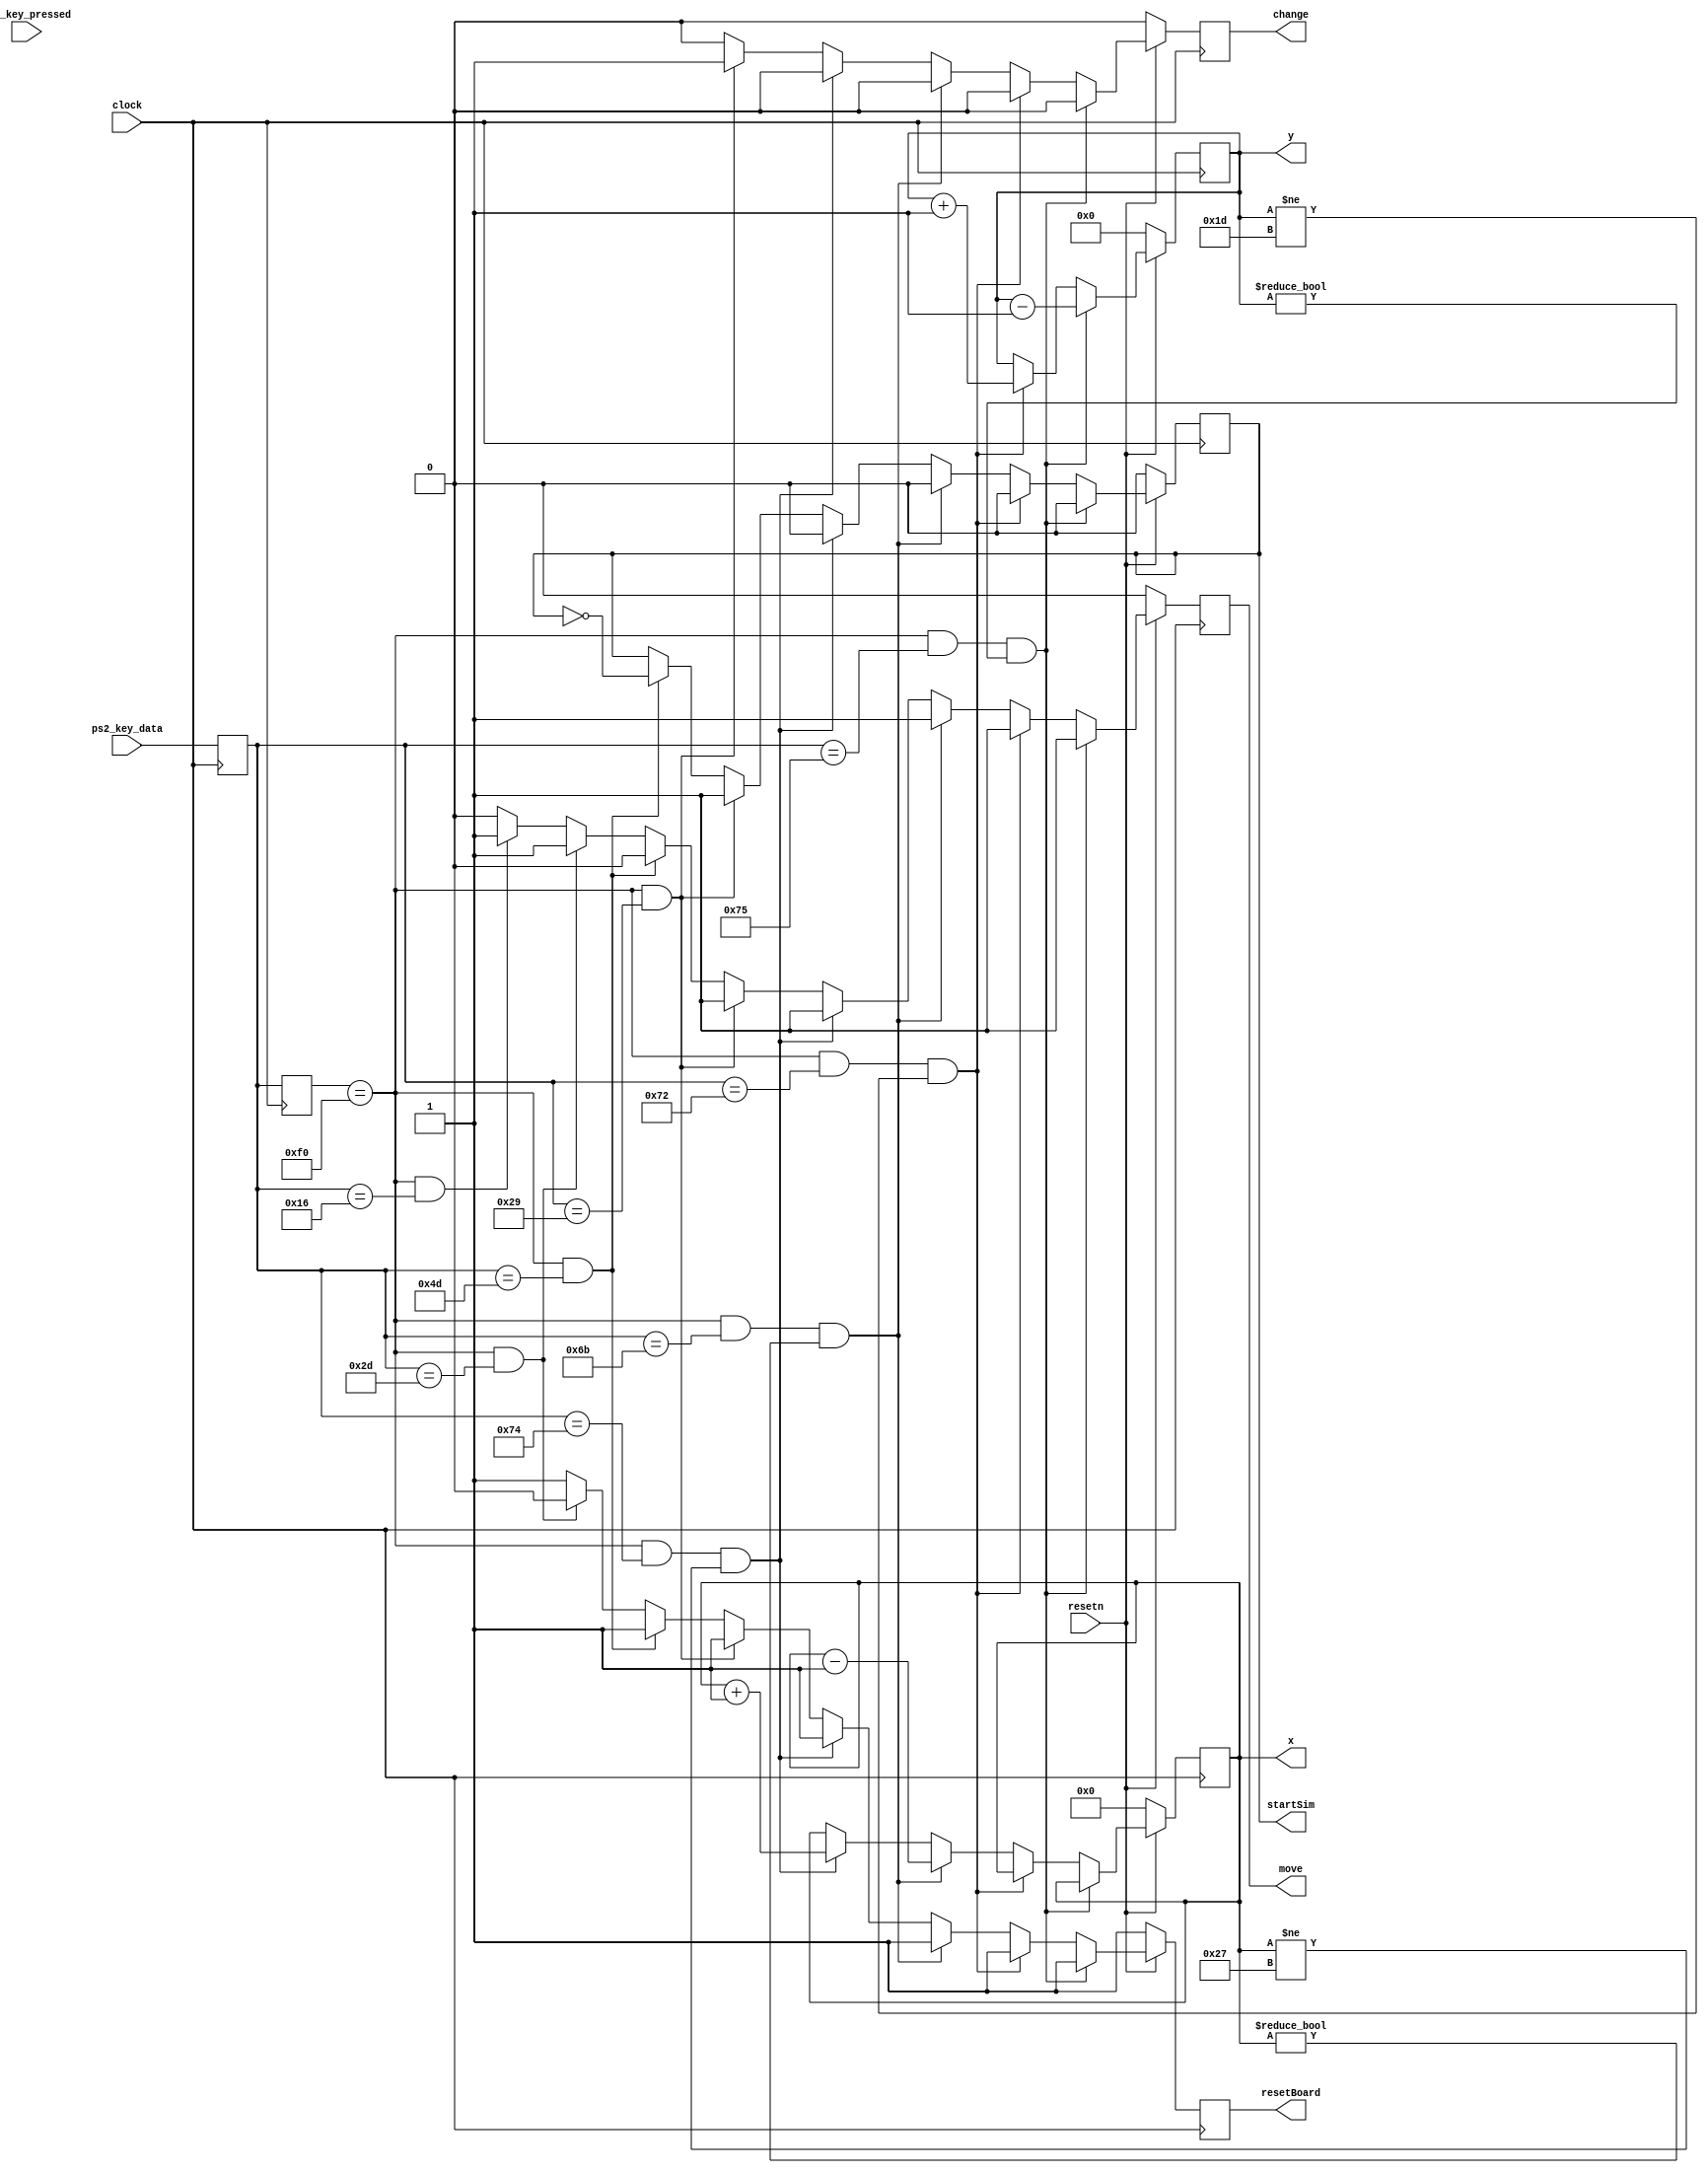
module recieveddata(clock, resetn, ps2_key_data, ps2_key_pressed, x, y, change, move, startSim, resetBoard);
	//receiveInput(clock, resetn, ps2_key_data, ps2_key_pressed, x, y, change, move, load_config, load_enable, startSim);
	input clock, resetn;
	input[7:0] ps2_key_data;
	input ps2_key_pressed;
	//input [2:0] load_config;
	//input load_enable;
	output reg change;
	output reg move;
	output reg startSim;
	output reg [5:0] x;
	output reg [4:0] y;	
	output reg resetBoard;
	
	reg[7:0] key_data1;
	reg[7:0] key_data2;
	
	always@(posedge clock)
	begin
		key_data2 <= key_data1;
		key_data1 <= ps2_key_data;
	end
	
	always @(posedge clock)
	begin
		if (!resetn)
		begin
			x <= 0;
			y <= 0;
			startSim <= 0;
			change <= 0;
			move <= 0;
			resetBoard <= 1;
			//load_config <= 0;
			//load_enable <= 0;
		end
		else
		begin
			if ((key_data2 == 8'hF0)&&(key_data1 == 8'h75) && (y != 5'd0)) //up arrow
			begin
				y <= y - 5'd1;
				startSim <= 0;
				move <= 1;
				change <= 0;
				resetBoard <= 1;
			end
			else if ((key_data2 == 8'hF0)&&(key_data1 == 8'h72) && (y != 5'd29)) //down arrow
			begin
				y <= y + 5'd1;
				startSim <= 0;
				move <= 1;
				change <= 0;
				resetBoard <= 1;
			end
			else if ((key_data2 == 8'hF0)&& (key_data1 == 8'h6B) && (x != 6'd0)) //left arrow
			begin
				x <= x - 6'd1;
				startSim <= 0;
				move <= 1;
				change <= 0;
				resetBoard <= 1;
			end
			else if ((key_data2 == 8'hF0) && (key_data1 == 8'h74) && (x != 6'd39)) //right arrow
			begin
				x <= x + 6'd1;
				startSim <= 0;
				move <= 1;
				change <= 0;
				resetBoard <= 1;
			end
			else if ((key_data2 == 8'hF0) && (key_data1 == 8'h29)) //space bar
			begin
				change <= 1;
				startSim <= 1;
				move <= 1;
				resetBoard <= 1;
			end
			else if ((key_data2 == 8'hF0)&&(key_data1 == 8'h4D)) //p for pause
			begin
				startSim <= ~startSim;
				move <= 0;
				change <= 0;
				resetBoard <= 1;
			end
			else if ((key_data2 == 8'hF0)&&(key_data1 == 8'h2D)) //r for restart
			begin
				resetBoard <= 0;
				move <= 1;
				change <= 0;
			end
			else if ((key_data2 == 8'hF0)&&(key_data1 == 8'h16)) //config 1
			begin
				//load_config <= 3'b000;
				resetBoard <= 1;
				change <= 0;
				move <= 1;
			end
			else
			begin
				change <= 0;
				move <= 0; 
				resetBoard <= 1;
			end
		end
			
	end
endmodule